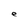
Character: e